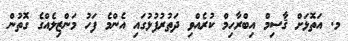
މ. އަތޮޅަށް ޤާސިމް އިބްރާހިމް ކުރެއްވި ދަތުރުފުޅުގައި އެންމެ ފަހު މަންޒިލެއްގެ ގޮތުން